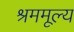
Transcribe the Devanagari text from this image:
श्रममूल्य